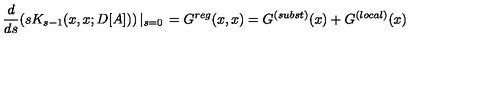
\frac { d } { d s } ( s K _ { s - 1 } ( x , x ; D [ A ] ) ) \left| _ { s = 0 } \right. = G ^ { r e g } ( x , x ) = G ^ { ( s u b s t ) } ( x ) + G ^ { ( l o c a l ) } ( x )